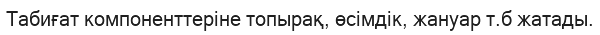
Табиғат компоненттеріне топырақ, өсімдік, жануар т.б жатады.